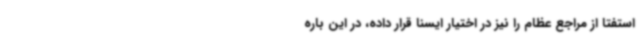
استفتا از مراجع عظام را نیز در اختیار ایسنا قرار داده، در این باره